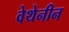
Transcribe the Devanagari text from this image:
वेथेनीन